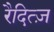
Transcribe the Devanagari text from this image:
रैदित्ज़